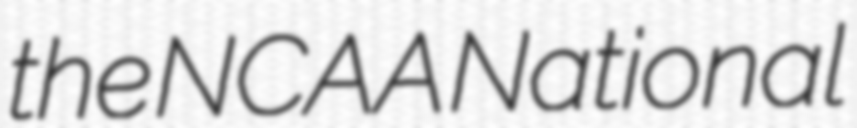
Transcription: the NCAA National